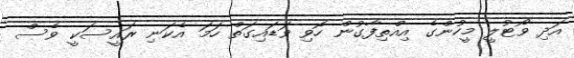
އަދި ވޯޓުލީ މީހުންގެ އިއްތިފާގުން ހޮވި ވަޑައިގަތް ހަމަ އެކަނި ރައީސަކީ ވެސް